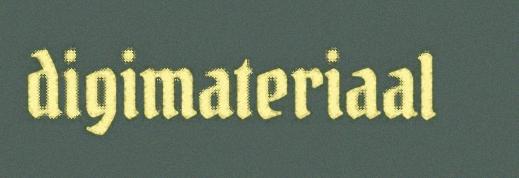
digimateriaal